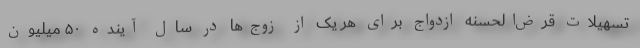
تسهیلات قرض‌الحسنه ازدواج برای هر یک از زوج‌ها در سال آینده ۵۰ میلیون